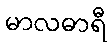
မာလဓာရီ